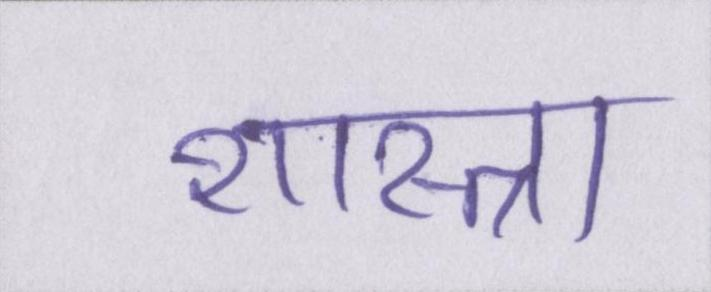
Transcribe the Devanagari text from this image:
शास्त्रा